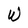
Character: W